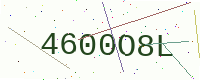
Text: 4600O8L